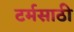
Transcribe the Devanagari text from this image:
टर्मसाठी